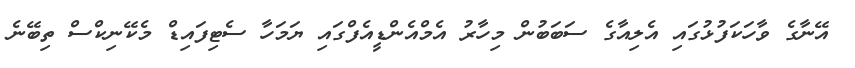
އޭނާގެ ވާހަކަފުޅުގައި އެލިއާގެ ސަބަބުން މިހާރު އެމްއެންޑީއެފްގައި ޔަމަހާ ސެޓިފައިޑް މެކޭނިކްސް ތިބޭނެ